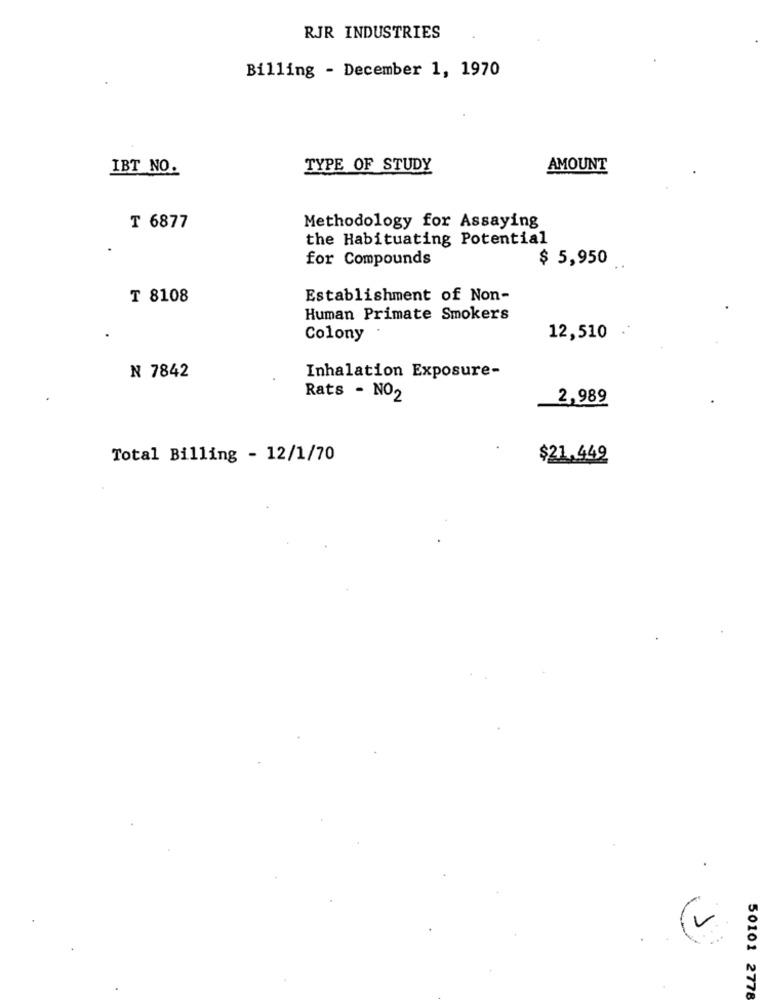
RJR INDUSTRIES
Billing - December 1, 1970
IBT NO.
TYPE OF STUDY
AMOUNT
T 6877
Methodology for Assaying
the Habituating Potential
for Compounds
$ 5,950
₸ 8108
Establishment of Non-
Human Primate Smokers
Colony
12,510
Inhalation Exposure-
N 7842
Rats - NO2
2,989
Total Billing - 12/1/70
$21.449
50101 2778